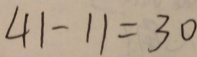
4 1 - 1 1 = 3 0